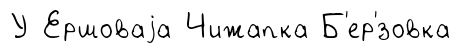
У Ершоваjа Чижапка Б'ер'́зовка